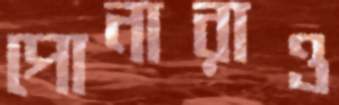
পোনারাও